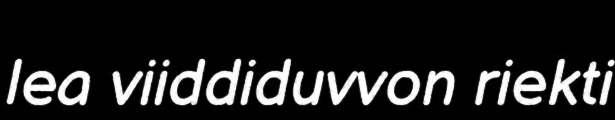
lea viiddiduvvon riekti